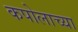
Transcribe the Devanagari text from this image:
कपोलाच्या